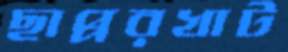
ছাপ্পরখাট